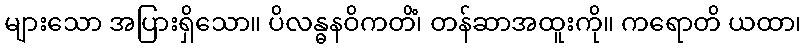
များသော အပြားရှိသော။ ပိလန္ဓနဝိကတိံ၊ တန်ဆာအထူးကို။ ကရောတိ ယထာ၊